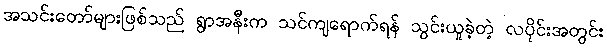
အသင်းတော်များဖြစ်သည် ရွာအနီးက သင်ကျရောက်ရန် သွင်းယူခဲ့တဲ့ လပိုင်းအတွင်း